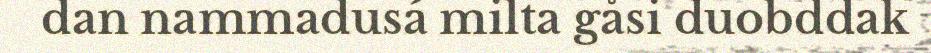
dan nammadusá milta gåsi duobddak